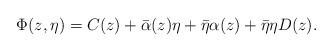
LaTeX: \begin{align*}\Phi(z,\eta)= C(z) + \bar{\alpha}(z) \eta +\bar{\eta} \alpha(z) +\bar{\eta} \eta D(z).\end{align*}